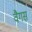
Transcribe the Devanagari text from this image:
वैगस